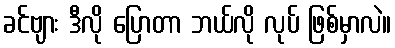
ခင်ဗျား ဒီလို ပြောတာ ဘယ်လို လုပ် ဖြစ်မှာလဲ။